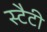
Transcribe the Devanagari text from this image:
स्टैटी